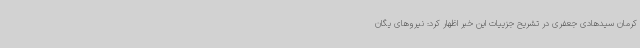
کرمان سیدهادی جعفری در تشریح جزییات این خبر اظهار کرد: نیروهای یگان